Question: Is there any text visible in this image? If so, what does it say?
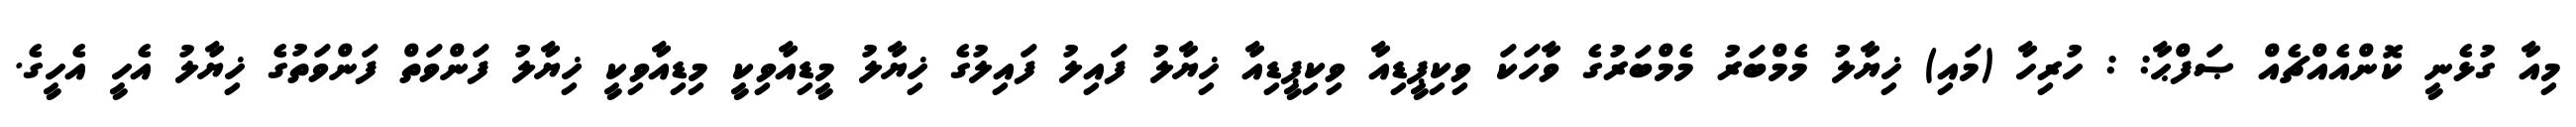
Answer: މިއާ ގުޅެނީ ކޮންއެއްޗެއް ޞަފްޙާ: : ހުރިހާ (މައި) ޚިޔާލު މެމްބަރު މެމްބަރުގެ ވާހަކަ ވިކިޕީޑިއާ ވިކިޕީޑިއާ ޚިޔާލު ފައިލު ފައިލުގެ ޚިޔާލު މީޑިއާވިކީ މިޑިއާވިކީ ޚިޔާލު ފަންވަތް ފަންވަތުގެ ޚިޔާލު އެހީ އެހީގެ.